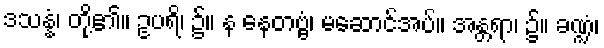
ဒသန္နံ၊ တို့၏။ ဥပရိ၊ ၌။ န နေတဗ္ဗံ၊ မဆောင်အပ်။ အန္တရာ၊ ၌။ ခဏ္ဍံ၊